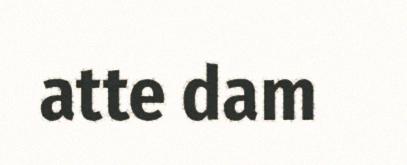
atte dam